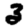
Digit: 3